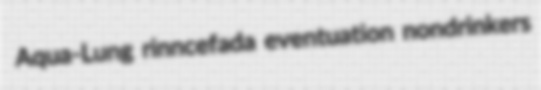
Aqua-Lung rinncefada eventuation nondrinkers